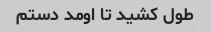
طول کشید تا اومد دستم